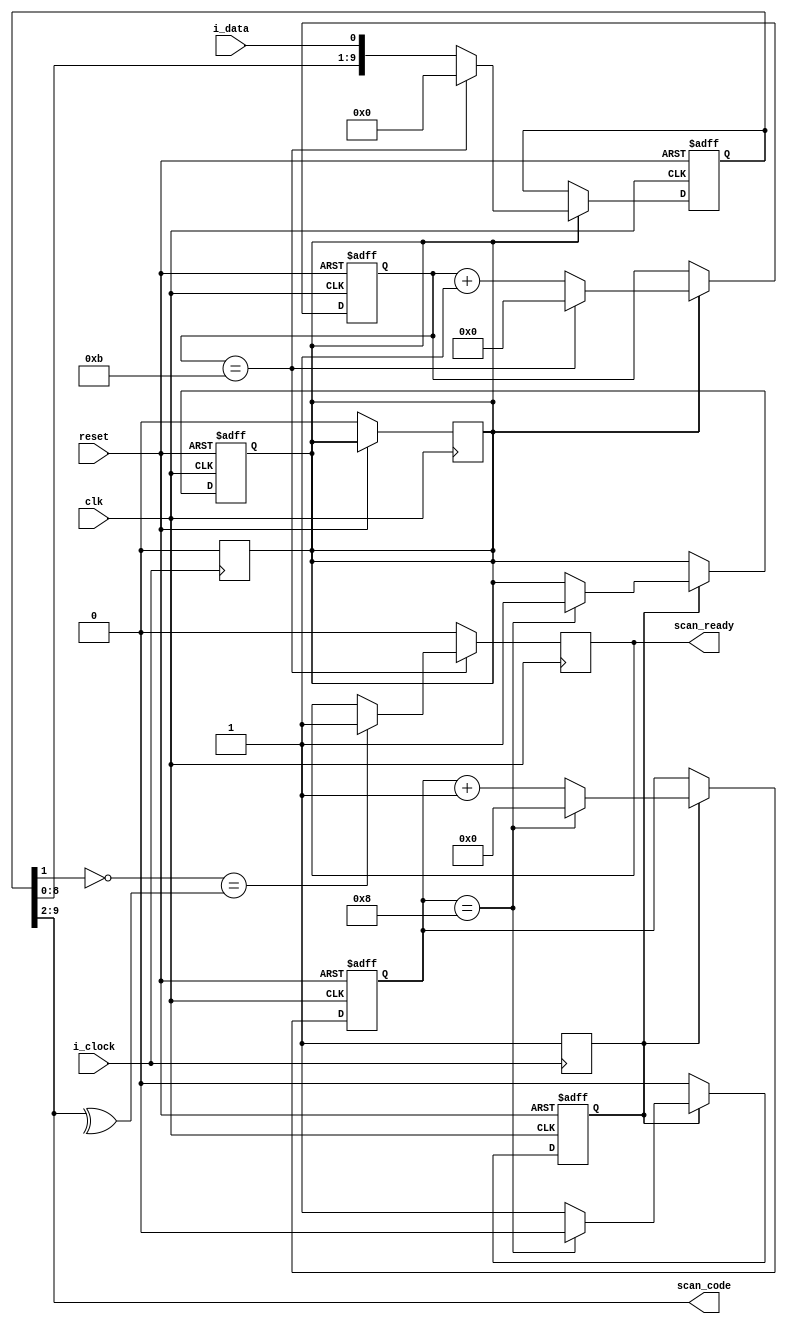
module ps2controller (
    input clk,
    input reset,
    input i_clock,
    input i_data,
    output scan_ready,
    output [7:0] scan_code
);

    reg [9:0] buffer;
    reg [3:0] counter;
    reg sample_timer_active;
    reg read_data;
    reg [31:0] sample_timer;
    reg ready;
    wire parity;
    
    assign scan_code = buffer[9:2]; 
    assign parity = buffer[1]; 
    assign scan_ready = ready;
    
    always @(negedge i_clock) begin
        // Start the 20us timer till the data can be read.
        sample_timer_active <= 1;
        // Set the data readable flag to zero.
        read_data <= 0;
    end
    
    always @(posedge clk or posedge reset) begin
        if (reset) begin 
            sample_timer_active <= 0;
            sample_timer <= 0;
            read_data <= 0;
        end else begin
            if (sample_timer_active) begin
                // Take a reading 20us after the falling ps2 clock.
                if (sample_timer == 32'b1000) begin
                    // Turn of the sample timer.
                    sample_timer_active <= 0;
                    sample_timer <= 0;
                    // Flag that the data should be read.
                    read_data <= 1;
                end else begin
                    // Count up.
                    sample_timer <= sample_timer + 32'b1;
                end
            end
        end
    end
    
    // Read the ps2 data.
    always @(posedge clk or posedge reset) begin
        if (reset) begin 
            buffer <= 8'b0;
            counter <= 4'd0;
        end else begin
            if (read_data) begin
                buffer <= {buffer[8:0], i_data}; // receive data 
                read_data <= 0;
                if (counter == 4'd11) begin
                    counter <= 4'd0;
                    buffer <= 8'b0;
                end else begin
                    counter <= counter + 4'd1;
                end
            end
        end
    end
    
    // Parity check when the full data packet has been recieved.
    always @(posedge clk) begin
        if (counter == 4'd11) begin
            if (!parity == ^scan_code) begin // parity check (odd parity) 
                ready <= 1'b1;
            end
        end else begin
            ready <= 1'b0;
        end
    end
    
endmodule